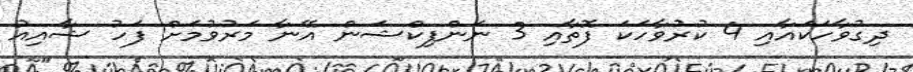
ދިގުވާހަކައާއި 4 ކުރުވާހަކަ ފޮތާއި 3 ނަންފިކްޝަން އޭނާ މަރުވުމަށް ފަހު ޝާއިއު